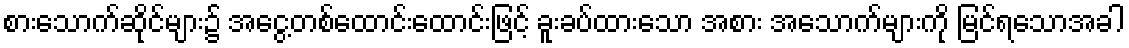
စားသောက်ဆိုင်များ၌ အငွေ့တစ်ထောင်းထောင်းဖြင့် ခူးခပ်ထားသော အစား အသောက်များကို မြင်ရသောအခါ